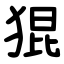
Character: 猑